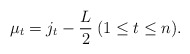
\begin{align*} \mu _t = j_t - \frac{L}{2} \medspace ( 1 \leq t \leq n ).\end{align*}